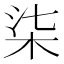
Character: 柒